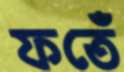
ফতেঁ